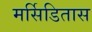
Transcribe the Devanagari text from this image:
मर्सिडितास